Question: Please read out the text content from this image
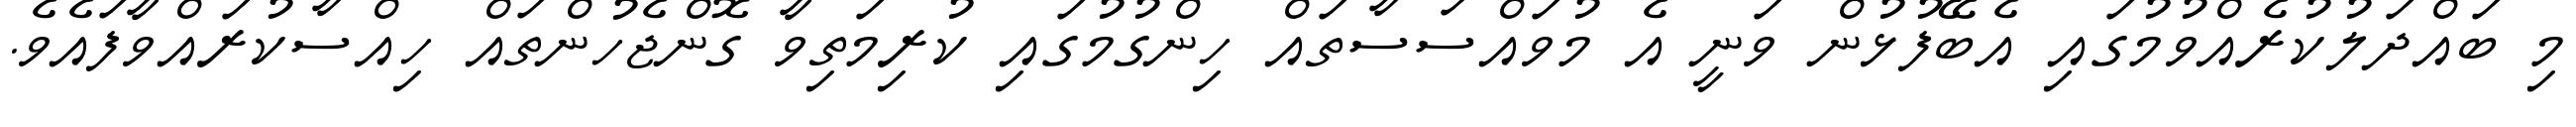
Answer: މި ބައްދަލުކުރެއްވުމުގައި އެބޭފުޅުން ވަނީ އެ މުވައްސަސާތައް ހިންގުމުގައި ކުރިމަތިވާ ގޮންޖެހުންތައް ހިއްސާކުރައްވާފައެވެ.